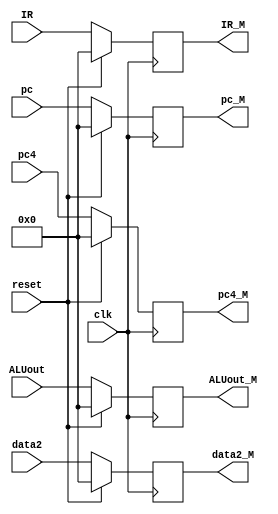
`timescale 1ns / 1ps
//////////////////////////////////////////////////////////////////////////////////
// Company: 
// Engineer: 
// 
// Design Name: 
// Module Name:    E_M 
// Project Name: 
// Target Devices: 
// Tool versions: 
// Description: 
//
// Dependencies: 
//
// Revision: 
// Revision 0.01 - File Created
// Additional Comments: 
//
//////////////////////////////////////////////////////////////////////////////////
module E_M(
    input [31:0] ALUout,
    input [31:0] data2,
    input [31:0] IR,
    input [31:0] pc,
    input [31:0] pc4,
    input clk,
    input reset,
    output reg[31:0] ALUout_M,
    output reg[31:0] data2_M,
    output reg[31:0] IR_M,
    output reg[31:0] pc_M,
    output reg[31:0] pc4_M
    );

    always@(posedge clk)
		begin
			if(reset)
				begin
					ALUout_M <= 0;
					data2_M <= 0;
					IR_M <= 0;
					pc_M <= 0;
					pc4_M <= 0;
				end
			else
				begin
					ALUout_M <= ALUout;
					data2_M <= data2;
					IR_M <= IR;
					pc_M <= pc;
					pc4_M <= pc4;
				end
		end
endmodule